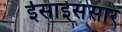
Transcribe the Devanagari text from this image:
ईसाईसंसार